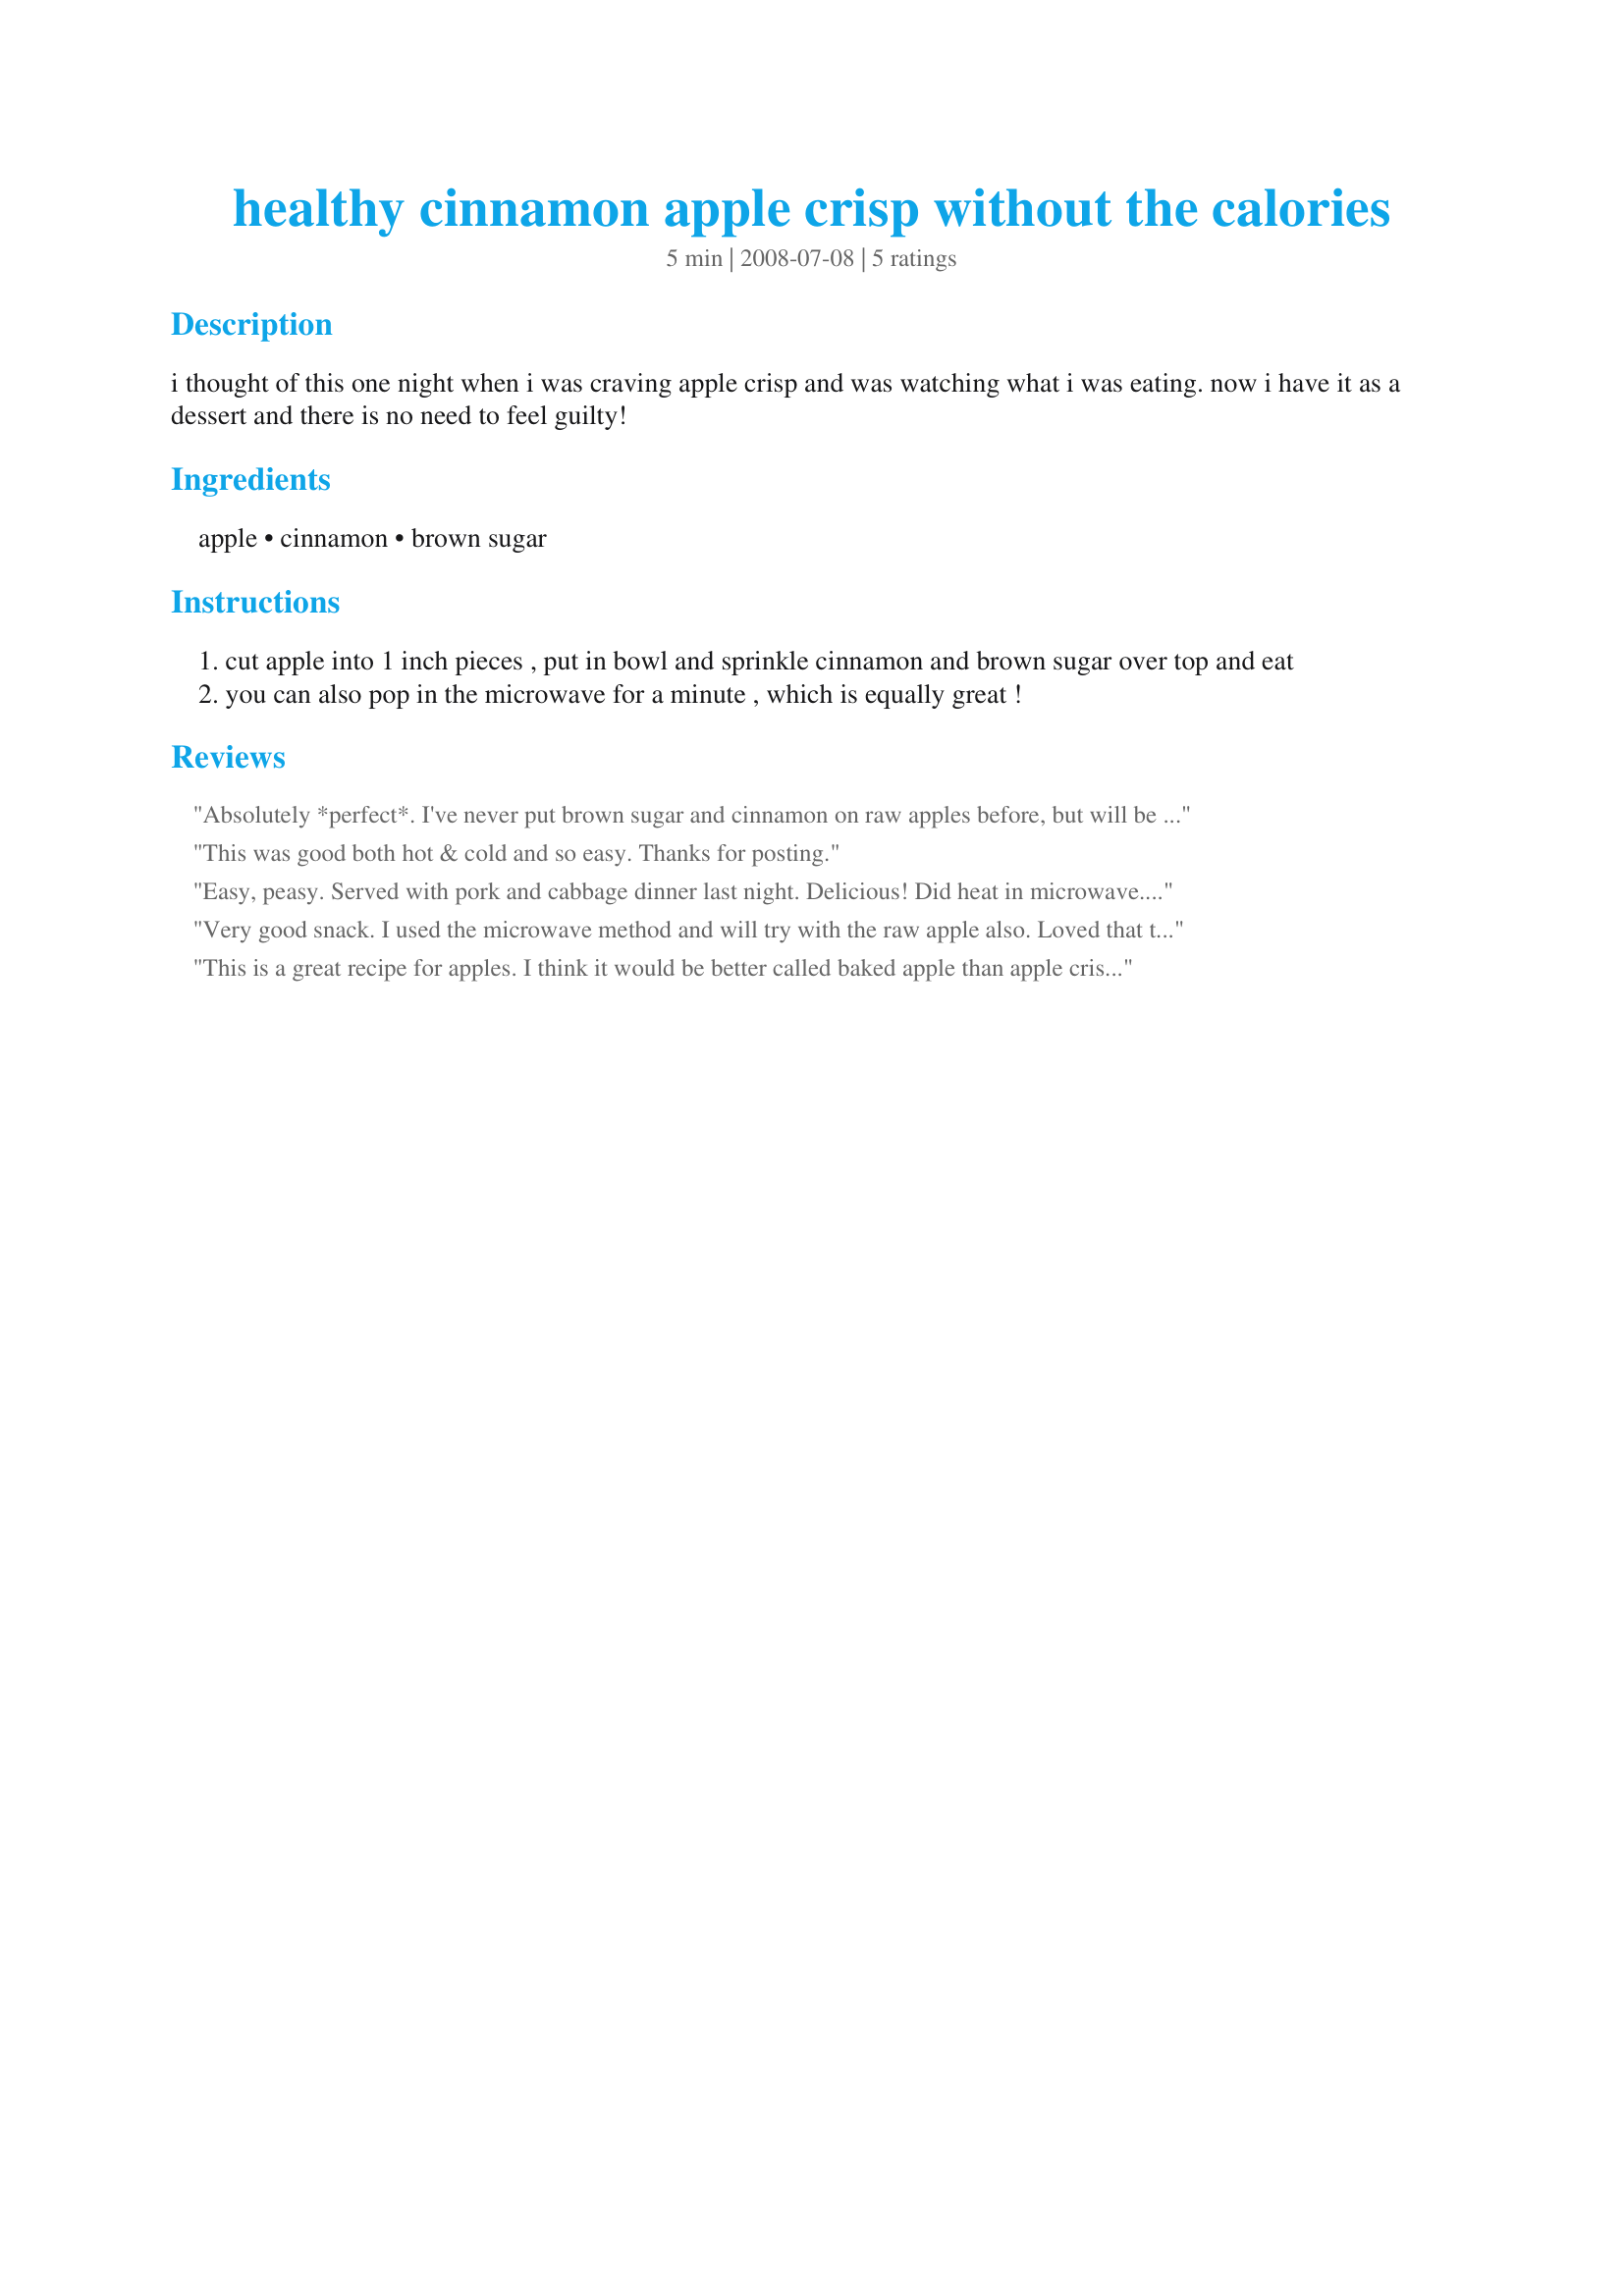
healthy cinnamon apple crisp without the calories
Preparation time: 5 minutes

i thought of this one night when i was craving apple crisp and was watching what i was eating. now i have it as a dessert and there is no need to feel guilty!

Ingredients:
apple, cinnamon, brown sugar

Steps:
cut apple into 1 inch pieces , put in bowl and sprinkle cinnamon and brown sugar over top and eat
you can also pop in the microwave for a minute , which is equally great !

Reviews:
Absolutely *perfect*. I've never put brown sugar and cinnamon on raw apples before, but will be from now on. What a nice treat. Had it for breakfast this morning. Thanks Simple chief for such a simple and great idea. Made for Spring PAC 2009.
This was good both hot & cold and so easy. Thanks for posting.
Easy, peasy. Served with pork and cabbage dinner last night. Delicious! Did heat in microwave. Could see how this would be a great, quick snack. Thnx for posting, Simple chief. Made for Fall 2008 PAC.
Very good snack. I used the microwave method and will try with the raw apple also. Loved that this is a guilt-free treat!
This is a great recipe for apples. I think it would be better called baked apple than apple crisp. I mised teh crunch of a topping. This is a must for a quick easy dessert.
